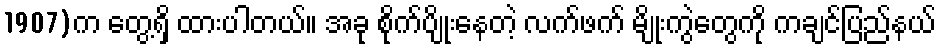
1907)က တွေ့ရှိ ထားပါတယ်။ အခု စိုက်ပျိုးနေတဲ့ လက်ဖက် မျိုးကွဲတွေကို ကချင်ပြည်နယ်